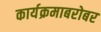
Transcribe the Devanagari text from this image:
कार्यक्रमाबरोबर